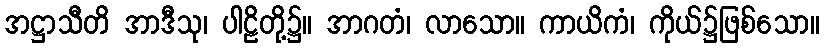
အဋ္ဌာသီတိ အာဒီသု၊ ပါဠိတို့၌။ အာဂတံ၊ လာသော။ ကာယိကံ၊ ကိုယ်၌ဖြစ်သော။